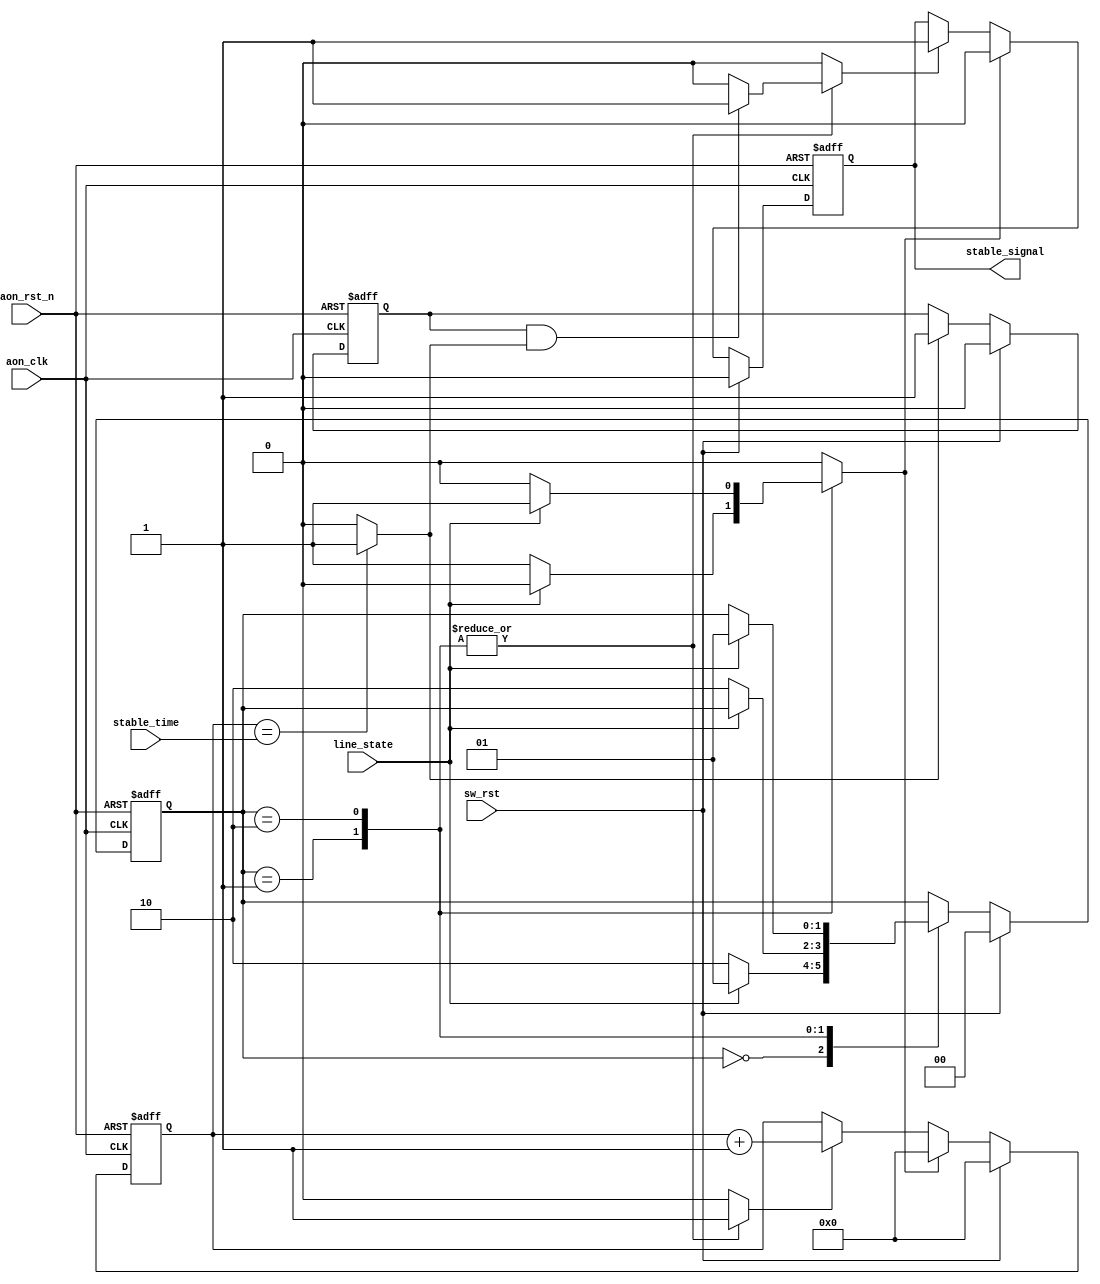

//-------------------------------------------------------------------
// Copyright  2013 TECHVULCAN, Inc. All rights reserved.		   
// TechVulcan Confidential and Proprietary
// Not to be used, copied reproduced in whole or in part, nor	   
// its contents							   
// revealed in any manner to others without the express written	   
// permission	of TechVulcan 					   
// Licensed Material.						   
// Program Property of TECHVULCAN Incorporated.	
// ------------------------------------------------------------------
// AUTHOR EMAIL   : lalit.kumar@techvulcan.com
// Version no.    : 0.1
//-------------------------------------------------------------------

module uctl_glitchFilter #(
      parameter GLITCH_CNTR_WD = 4
      )(
      input  wire                       aon_clk      ,// always on clock
      input  wire                       aon_rst_n    ,// reset
      input  wire                       sw_rst       ,// active high software reset
      input  wire                       line_state   ,// state of signal
      input  wire [GLITCH_CNTR_WD -1:0] stable_time  ,// time interval for  signal to be stable
      output reg                        stable_signal // signal on line state is stable
   
   );
      
   reg  [2        -1:0]       gc_state          ;
   reg  [2        -1:0]       gn_state          ;
   reg  [GLITCH_CNTR_WD -1:0] counter           ;
   reg                        run_counter       ; 
   reg                        set_stable_signal ; 
   reg                        clr_stable_signal ; 
   reg                        clr_counter       ; 
   reg                        stable_line       ;
   localparam     IDLE = 2'b00,
                  HL   = 2'b01,
                  LL   = 2'b10;


   assign stable_timeOver  = (counter == stable_time) ? 1'b1 : 1'b0;
   always @(posedge  aon_clk or negedge aon_rst_n) begin
      if(! aon_rst_n) begin
         counter     <= 4'b0;
      end
      else if(sw_rst ) begin
         counter     <= 4'b0;
      end
      else if(clr_counter) begin
         counter     <= 4'b0;
      end
      else if(run_counter) begin 
         counter     <= counter+ 1'b1;  
      end
   end

   always @(posedge  aon_clk or negedge aon_rst_n) begin
      if(! aon_rst_n) begin
         stable_line  <= 1'b0;
      end
      else if(sw_rst) begin
         stable_line    <= 1'b0;
      end
     else if(stable_timeOver ) begin
         stable_line    <= 1'b1;
      end
   end
      
   always @(posedge  aon_clk or negedge aon_rst_n) begin
      if(! aon_rst_n) begin
         stable_signal  <= 1'b0;
      end
      else if(sw_rst) begin
         stable_signal  <= 1'b0;
      end
      else if(clr_stable_signal) begin 
         stable_signal  <=1'b0;
      end
      else if(set_stable_signal) begin
         stable_signal     <= 1'b1;
      end
      else if(clr_stable_signal) begin
         stable_signal     <= 1'b0;
      end
   end
   
         

   always @(posedge  aon_clk or negedge aon_rst_n) begin
      if(! aon_rst_n) begin
         gc_state    <= IDLE;
      end
      else if(sw_rst) begin
         gc_state <=  IDLE;
      end
      else begin
         gc_state    <= gn_state;
      end
   end

   always @(*) begin
      gn_state          = gc_state;
      run_counter       = 1'b0;
      set_stable_signal = 1'b0;
      clr_stable_signal = 1'b0;
      clr_counter       = 1'b0;
      
      case(gc_state)
         IDLE : begin
            if(line_state  == 1'b1) begin 
               gn_state       = HL;
            end
            else begin
               gn_state       = LL;
            end
         end
   
         HL : begin
            run_counter  = 1'b1;
            if(stable_line   && stable_timeOver) begin
               set_stable_signal    = 1'b1;
            end
            if(line_state == 0) begin
               gn_state    = LL;
               clr_stable_signal = 1'b1;
               clr_counter       = 1'b1;
            end
         end

         LL : begin
            run_counter  = 1'b1;
           if(stable_line   && stable_timeOver) begin
               set_stable_signal    = 1'b1;
            end
            if(line_state == 1) begin
               gn_state    = HL;
               clr_stable_signal = 1'b1;
               clr_counter       = 1'b1;
            end
         end   
      endcase 
   end
               
endmodule